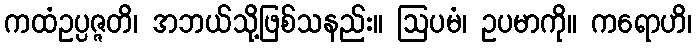
ကထံဥပ္ပဇ္ဇတိ၊ အဘယ်သို့ဖြစ်သနည်း။ ဩပမံ၊ ဥပမာကို။ ကရောဟိ၊